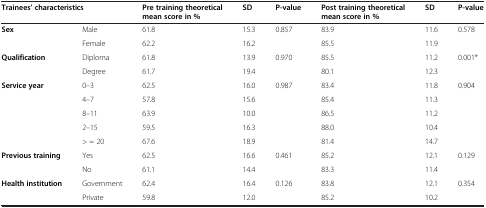
| <COLSPAN=2> Trainees’ characteristics | Pre training theoretical mean score in % | SD | P-value | Post training theoretical mean score in % | SD | P-value |
 | --- | --- | --- | --- | --- | --- | --- | --- |
 | <ROWSPAN=2> Sex | Male | 61.8 | 15.3 | <ROWSPAN=2> 0.857 | 83.9 | 11.6 | <ROWSPAN=2> 0.578 |
 | Female | 62.2 | 16.2 | 85.5 | 11.9 |
 | <ROWSPAN=2> Qualification | Diploma | 61.8 | 13.9 | <ROWSPAN=2> 0.970 | 85.5 | 11.2 | <ROWSPAN=2> 0.001* |
 | Degree | 61.7 | 19.4 | 80.1 | 12.3 |
 | <ROWSPAN=5> Service year | 0–3 | 62.5 | 16.0 | <ROWSPAN=5> 0.987 | 83.4 | 11.8 | <ROWSPAN=5> 0.904 |
 | 4–7 | 57.8 | 15.6 | 85.4 | 11.3 |
 | 8–11 | 63.9 | 10.0 | 86.5 | 11.2 |
 | 2–15 | 59.5 | 16.3 | 88.0 | 10.4 |
 | > = 20 | 67.6 | 18.9 | 81.4 | 14.7 |
 | <ROWSPAN=2> Previous training | Yes | 62.5 | 16.6 | <ROWSPAN=2> 0.461 | 85.2 | 12.1 | <ROWSPAN=2> 0.129 |
 | No | 61.1 | 14.4 | 83.3 | 11.4 |
 | <ROWSPAN=2> Health institution | Government | 62.4 | 16.4 | <ROWSPAN=2> 0.126 | 83.8 | 12.1 | <ROWSPAN=2> 0.354 |
 | Private | 59.8 | 12.0 | 85.2 | 10.2 |